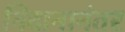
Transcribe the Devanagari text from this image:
निदानानंतर